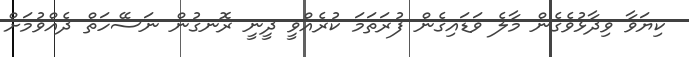
ކިޔަވާ ވިދާޅުވެގެން މާލެ ވަޑައިގެން ފުރަތަމަ ކުރެއްވީ ދީނީ ރޮނގުން ނަސޭހަތް ދެއްވުމަށް